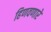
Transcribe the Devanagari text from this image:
हिणवणारे